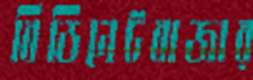
বিডিনেটবাজার